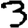
Digit: 3